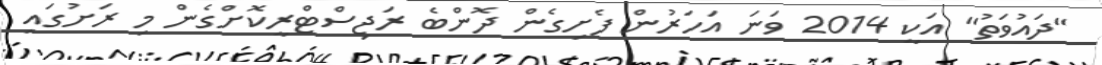
"ދައުވަތު" އަކީ 2014 ވަނަ އަހަރުން ފެށިގެން ދޮންބެ ރަޖިސްޓްރީކޮށްގެން މި ރަށުގައި